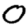
Digit: 0